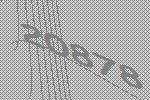
20878